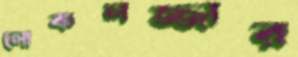
লোকলজ্জার